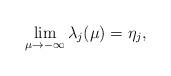
LaTeX: \begin{align*}\lim_{\mu\rightarrow-\infty}\lambda_j(\mu)=\eta_j,\end{align*}